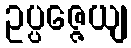
ဥပ္ပဇ္ဇေယျ